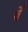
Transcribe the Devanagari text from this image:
वेँ